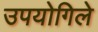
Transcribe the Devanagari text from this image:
उपयोगिले